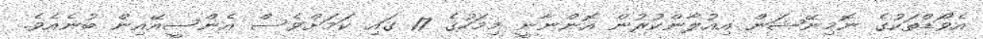
އެވޯޑްތަކުގެ ނޮމިނޭޝަން އިއުލާންކުރުން އޮންނާނީ މިމަހުގެ 17 ގައި ކަމަށްވެސް އެންސީއޭއިން ބުނެއެވެ.